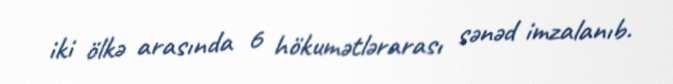
iki ölkə arasında 6 hökumətlərarası sənəd imzalanıb.